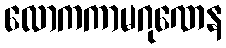
လောကကာမဂုဏေန